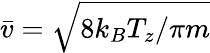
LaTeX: \bar{v}=\sqrt{8k_{B}T_{z}/\pi m}